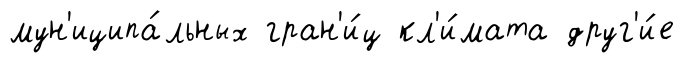
мун'иципа́льных гран'и́ц кл'и́мата друг'и́е